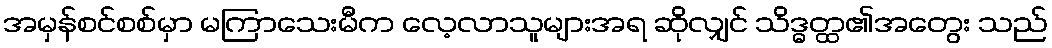
အမှန်စင်စစ်မှာ မကြာသေးမီက လေ့လာသူများအရ ဆိုလျှင် သိဒ္ဓတ္ထ၏အတွေး သည်